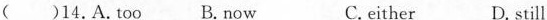
()14.A.Too B.Now C. either D. still